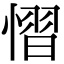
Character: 慴